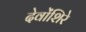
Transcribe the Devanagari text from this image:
देवोंशिरे